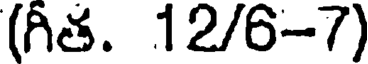
(గీత. 12/6-7)